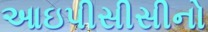
આઇપીસીસીનો